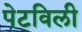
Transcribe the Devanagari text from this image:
पेटविली